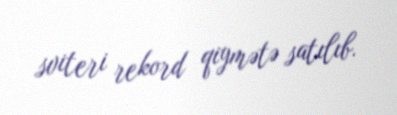
sviteri rekord qiymətə satılıb.